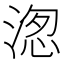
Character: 𭱖